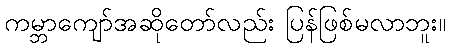
ကမ္ဘာကျော်အဆိုတော်လည်း ပြန်ဖြစ်မလာဘူး။